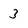
Character: 3